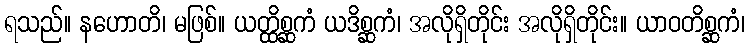
ရသည်။ နဟောတိ၊ မဖြစ်။ ယတ္ထိစ္ဆကံ ယဒိစ္ဆကံ၊ အလိုရှိတိုင်း အလိုရှိတိုင်း။ ယာဝတိစ္ဆကံ၊